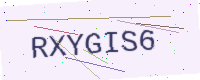
Text: RXYGIS6